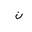
Letter: _non